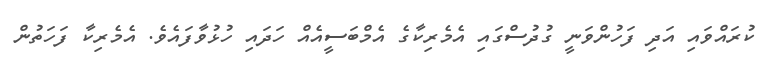
ކުރައްވައި އަދި ފަހުންވަނީ ގުދުސްގައި އެމެރިކާގެ އެމްބަސީއެއް ހަދައި ހުޅުވާފައެވެ. އެމެރިކާ ފަހަތުން